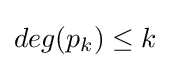
{\textstyle deg(p_{k})\leq k}